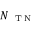
N _ { \mathrm { ~ \scriptsize ~ T ~ N ~ } }